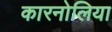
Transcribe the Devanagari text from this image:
कारनोलिया